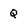
Character: Q